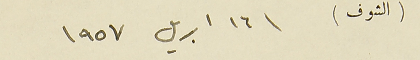
(الشوف)  ١٦ ابريل ١٩٥٧